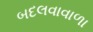
બદલવાવાળા